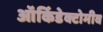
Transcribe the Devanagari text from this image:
ऑर्किडेक्टोमीव